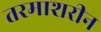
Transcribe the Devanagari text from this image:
तरमाशरीन